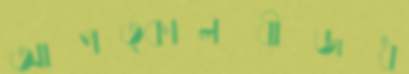
আপত্কালবীজধ